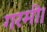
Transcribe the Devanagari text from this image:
गरमी।